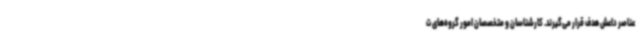
عناصر داعش هدف قرار می‌گیرند. کارشناسان و متخصصان امور گروه‌های ت